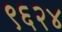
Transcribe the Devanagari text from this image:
९६२४